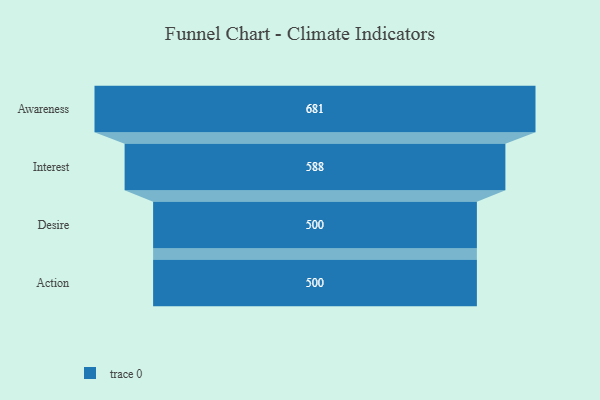
{"axis": {"x": "Stage", "y": "Value"}, "legend": [""], "data": [{"x": "Awareness", "y": 681.0, "type": ""}, {"x": "Interest", "y": 588.0, "type": ""}, {"x": "Desire", "y": 500, "type": ""}, {"x": "Action", "y": 500, "type": ""}]}